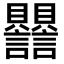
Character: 𧮣